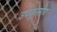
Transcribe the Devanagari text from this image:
उपकूलीय